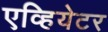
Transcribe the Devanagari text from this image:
एव्हियेटर